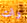
رات